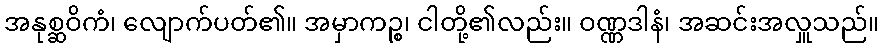
အနုစ္ဆဝိကံ၊ လျောက်ပတ်၏။ အမှာကဉ္စ၊ ငါတို့၏လည်း။ ဝဏ္ဏဒါနံ၊ အဆင်းအလှူသည်။